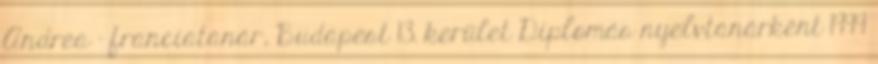
Andrea - franciatanár, Budapest 13. kerület Diplomás nyelvtanárként 1999